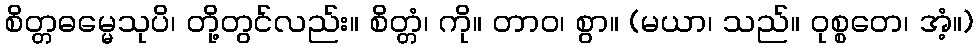
စိတ္တဓမ္မေသုပိ၊ တို့တွင်လည်း။ စိတ္တံ၊ ကို။ တာဝ၊ စွာ။ (မယာ၊ သည်။ ဝုစ္စတေ၊ အံ့။)